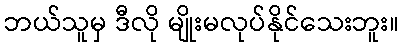
ဘယ်သူမှ ဒီလို မျိုးမလုပ်နိုင်သေးဘူး။